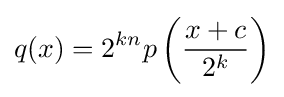
q(x)=2^{kn}p\left({\frac {x+c}{2^{k}}}\right)